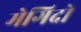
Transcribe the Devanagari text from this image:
मेगिदो